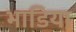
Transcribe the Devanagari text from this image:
भाडिया